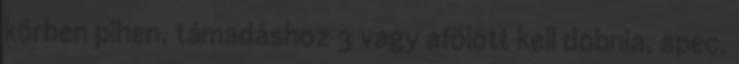
körben pihen, támadáshoz 3 vagy afölött kell dobnia, spec.